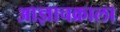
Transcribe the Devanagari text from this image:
आज्ञाचक्राला